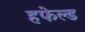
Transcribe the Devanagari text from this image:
हफेल्ड